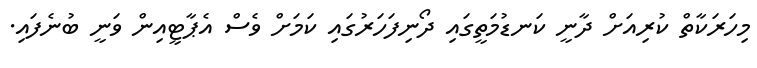
މިހަރަކާތް ކުރިއަށް ދާނީ ކަނޑުމަތީގައި ދޯނިފަހަރުގައި ކަމަށް ވެސް އެޕާޓީއިން ވަނީ ބުނެފައި.